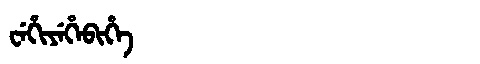
Manchu: ᠸᡝᡥᡳᠶᡝᡥᡝᠪᡳᡥᡝ
Romanization: WEHIYEHEBIHE